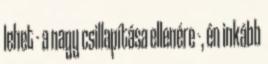
lehet - a nagy csillapítása ellenére -, én inkább